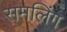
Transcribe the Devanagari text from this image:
समलिंग